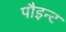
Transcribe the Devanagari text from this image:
पौइन्ट